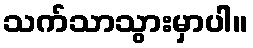
သက်သာသွားမှာပါ။